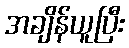
အချိန်ယူပြီး